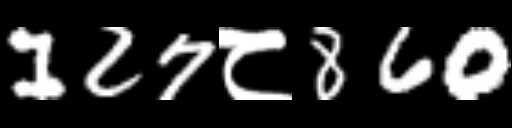
Text: 127८860